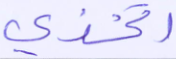
اتخذي